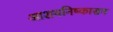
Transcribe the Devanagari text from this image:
आशयनिष्कासन